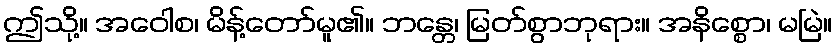
ဤသို့။ အဝေါစ၊ မိန့်တော်မူ၏။ ဘန္တေ၊ မြတ်စွာဘုရား။ အနိစ္စော၊ မမြဲ။